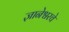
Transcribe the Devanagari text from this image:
ज्ञानेश्वरचे